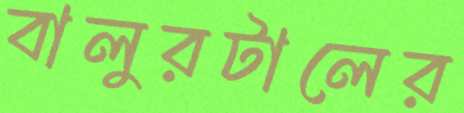
বালুরটালের